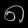
Digit: ၈